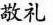
敬礼